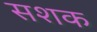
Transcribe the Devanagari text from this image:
सशक